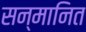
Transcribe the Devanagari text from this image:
सन्‍मानित